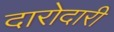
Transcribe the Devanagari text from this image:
दारोदारी